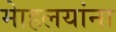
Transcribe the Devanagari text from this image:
माेहलयांना